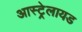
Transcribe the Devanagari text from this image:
आस्ट्रेलायड